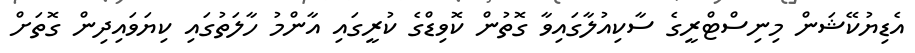
އެޑިޔުކޭޝަން މިނިސްޓްރީގެ ސާކިއުލާގައިވާ ގޮތުން ކޮވިޑްގެ ކުރީގައި އާންމު ހާލަތުގައި ކިޔަވައިދިން ގޮތަށް